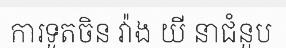
ការទូតចិន វ៉ាង យី នាជំនួប